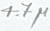
Text: 4.7µ